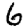
Digit: 6